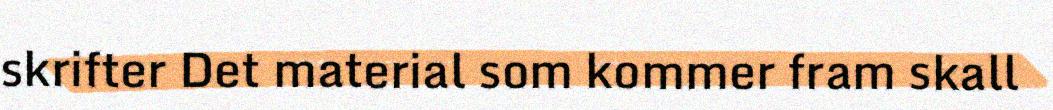
skrifter Det material som kommer fram skall